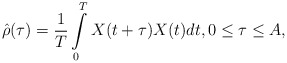
\begin{align*} \hat{\rho}(\tau)=\frac{1}{T}\int\limits_0^{T}X(t+\tau)X(t)dt,0\leq \tau\leq A,\end{align*}